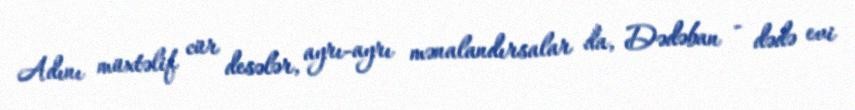
Adını müxtəlif cür desələr, ayrı-ayrı mənalandırsalar da, Dədəban - dədə evi